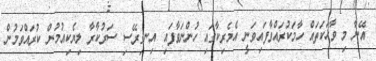
އޭނާ މި ވާހަކަތައް ހާމަކުރައްވާފައިވަނީ އެމެރިކާގައި ހުންނަވާފައި އިނގިރޭސި ސަރުކާރާ ލިޔެކިއުމުން ކުރައްވަމުން